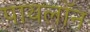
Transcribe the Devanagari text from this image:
पायलॉन